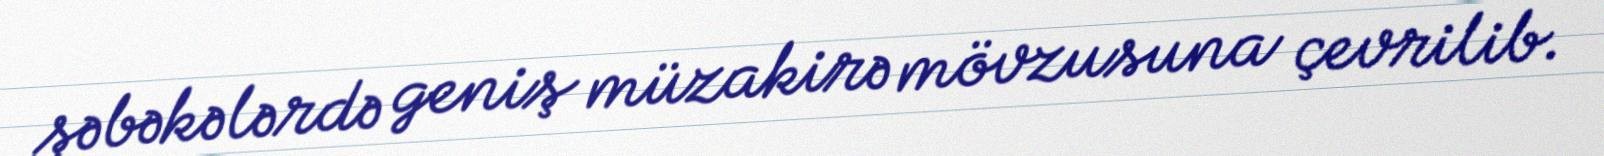
şəbəkələrdə geniş müzakirə mövzusuna çevrilib.